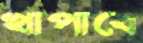
খাপাবে